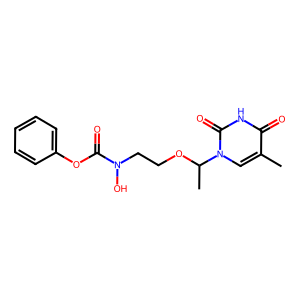
SMILES: Cc1cn(C(C)OCCN(O)C(=O)Oc2ccccc2)c(=O)[nH]c1=O
Inhibits HIV replication: No